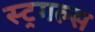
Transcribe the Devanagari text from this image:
स्ट्रगल्स